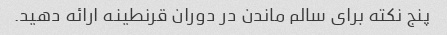
پنج نکته برای سالم ماندن در دوران قرنطینه ارائه دهید.